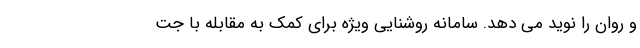
و روان را نوید می دهد. سامانه روشنایی ویژه برای کمک به مقابله با جت